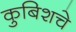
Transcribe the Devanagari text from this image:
कुबिशचे